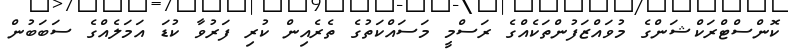
ކޮންސްޓްރަކްޝަންގެ މުވައްޒަފުންތަކެއްގެ ރަސްމީ މަސައްކަތުގެ ތެރެއިން ކުރި ފަރުވާ ކުޑަ އަމަލެއްގެ ސަބަބުން